Lock hospitals Punjab
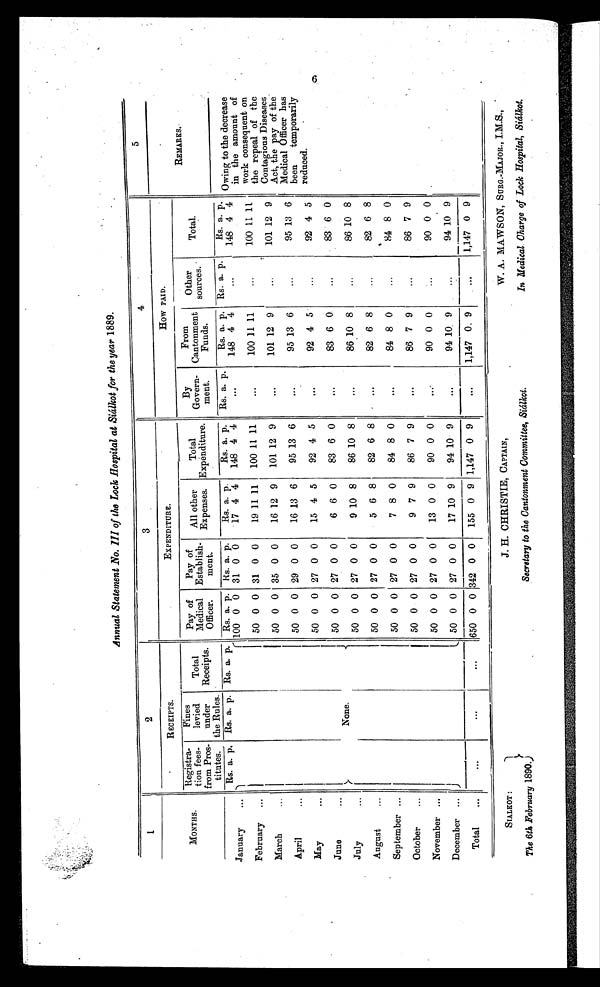
Annual Statement No. III of the Lock Hospital at Siálkot for the year 1889.
1
2
3
4
5
RECEIPTS.
EXPENDITURE.
How PAID.
REMARKS.
MONTHS
Registra-
tion fees-
from Pros-
titutes.
Fines
levied
under
the Rules.
Total
Receipts.
pay of
-
Medical
Officer.
Pay
Establish-
ment.
All other
Expenses.
Total
Expenditure.
By
Govern-
ment.
From
Cantonment
Funds.
Other
sources.
Total.
Rs. a. p. Rs. a. p. Rs. a. p. Rs. a. p. Rs. a. p.
Rs. a. p.
Rs. a. p.
Rs. a. p.
Rs. a. p. Rs. a. p.
R s .
a. p, Owing to the decrease
in the amount of
work consequent on
the repeal of the
Contagious Diseases
Act, the pay of the
Medical Officer has
been
temporarily
reduced.
January
...
100 0 0 31 0 0
17 4 4
148 4 4
. . .
148 4 4
...
148 4 4
February
...
50 0 0 31 0 0
19 11 11
100 11 1
. . .
100 11 11
. . .
100 11 11
March
...
50 0 0 35 0 0
16 12 9
101 12
. . .
101 12 9
...
101 12 9
April
...
50 0 0 29 0 0
16 13 6
95 13 6
. . .
95 13 6
...
95 13 6
May ...
50 0 0 27 0 0
15 4 5
92 4 5
. . .
92 4 5
...
92 4 5
June...
50 0 0 27 0 0
6 6 0
83 6 0
. . .
83 6 0
...
83 6 0
July
...
None.
50 0 0 27 0 0
9 10 8
86 10 8
...
86 10 8
...
86 10 8
August
...
50 0 0 27 0 0
5 6 8
82 6 8
. . .
82 6 8
...
82 6 8
September ...
50 0 0 27 0 0
7 8 0
84 8 0
. . .
84 8 0
...
84 8 0
October
...
50 0 0 27 0 0
9 7 9
86 7 9
. . .
86 7 9
. . .
86 7 9
November ...
50 0 0 27 0 0
13 0 0
90 0 0
. . .
90 0 0
...
90 0 0
December ...
50 0 0 27 0 0
17 10 9
94 10 9
...
94 10 9
. . .
94
1 0 9
Total
...
. . .
. . .
...
650 0 0 342 0 0
155 0 9 1,147 0
9
...
1,147 0 9
...
1,147 0 9
SIALKOT :
The 6th February 1890.
J. H. CHRISTIE, CAPTAIN,
Secretary to the Cantonment Committee, Siálkot.
W. A. MAWSON, SURG.-MAJOR., I.M.S.,
In Medical Charge of Lock Hospital, Siáilkot.